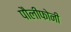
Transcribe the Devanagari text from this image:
पौलीफोनी